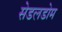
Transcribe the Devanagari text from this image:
सेडलडोम